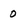
Character: 0